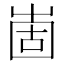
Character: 𡹍